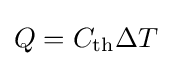
Q=C_{\mathrm {th} }\Delta T